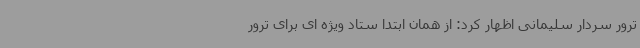
ترور سردار سلیمانی اظهار کرد: از همان ابتدا ستاد ویژه ای برای ترور